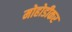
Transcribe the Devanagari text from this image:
मोहोडीकर